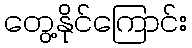
တွေ့နိုင်ကြောင်း